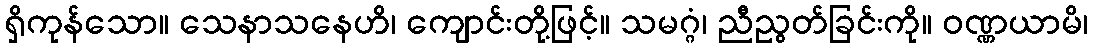
ရှိကုန်သော။ သေနာသနေဟိ၊ ကျောင်းတို့ဖြင့်။ သမဂ္ဂံ၊ ညီညွတ်ခြင်းကို။ ဝဏ္ဏယာမိ၊